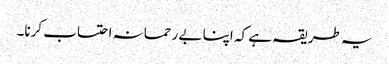
یہ طریقہ ہے کہ اپنا بے رحمانہ احتساب کرنا۔